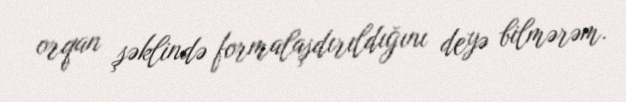
orqan şəklində formalaşdırıldığını deyə bilmərəm.